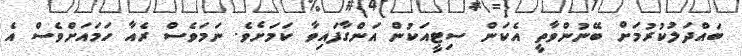
ބައްދަލުކުރުމަށް ބޭނުންވާތީ އެކަން ސިޓީއަކުން އަންގާފައިވާ ކަމަށެވެ. ނަމަވެސް ރެއާ ހަމައަށްވެސް އެ